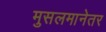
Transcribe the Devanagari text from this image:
मुसलमानेतर